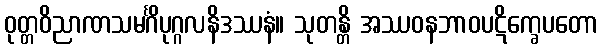
ဝုတ္တဝိညာဏသမင်္ဂိပုဂ္ဂလနိဒဿနံ။ သုတန္တိ အဿဝနဘာဝပဋိက္ခေပတော